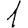
Digit: 1